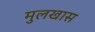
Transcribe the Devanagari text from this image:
मुलखास